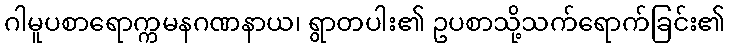
ဂါမူပစာရောက္ကမနဂဏနာယ၊ ရွာတပါး၏ ဥပစာသို့သက်ရောက်ခြင်း၏